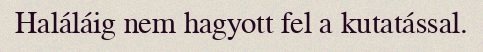
Haláláig nem hagyott fel a kutatással.